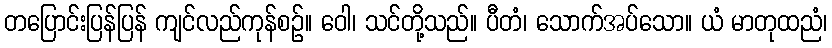
တပြောင်းပြန်ပြန် ကျင်လည်ကုန်စဉ်။ ဝေါ၊ သင်တို့သည်။ ပီတံ၊ သောက်အပ်သော။ ယံ မာတုထညံ၊